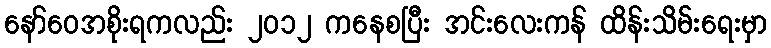
နော်ဝေအစိုးရကလည်း ၂၀၁၂ ကနေစပြီး အင်းလေးကန် ထိန်းသိမ်းရေးမှာ